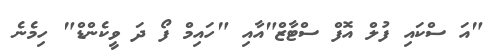
"އަ ސްކައި ފުލް އޮފް ސްޓާޒް"އާއި "ހައިމް ފޯ ދަ ވީކެންޑް" ހިމެނެ